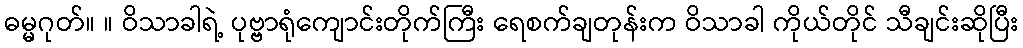
ဓမ္မဂုတ်။ ။ ဝိသာခါရဲ့ ပုဗ္ဗာရုံကျောင်းတိုက်ကြီး ရေစက်ချတုန်းက ဝိသာခါ ကိုယ်တိုင် သီချင်းဆိုပြီး